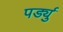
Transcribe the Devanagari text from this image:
पर्ड्यु